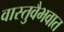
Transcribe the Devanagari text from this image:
वास्तुवैभवात